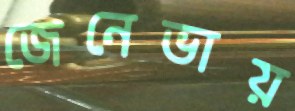
জেনেভায়